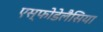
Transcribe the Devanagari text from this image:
एस्फोडेलैसिया